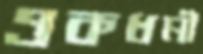
একধর্মী